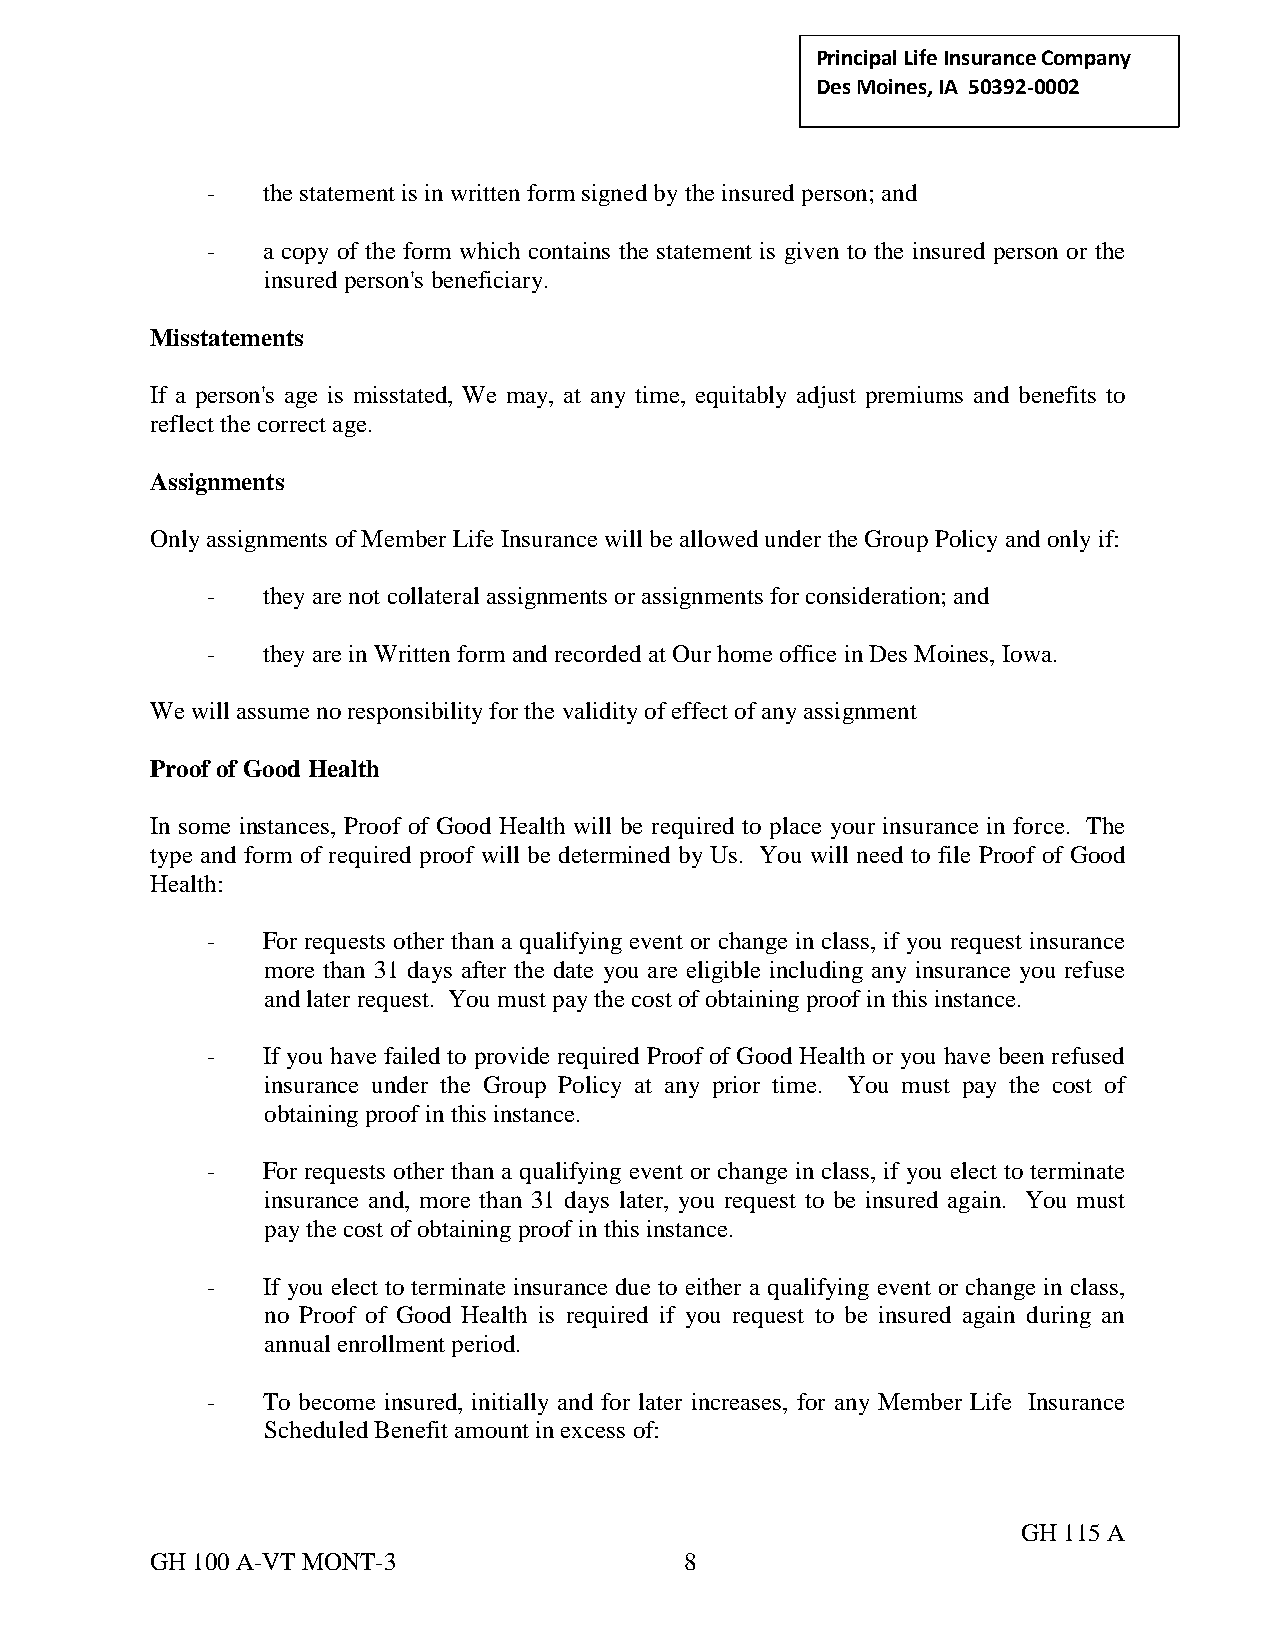
Principal Life Insurance C ompany
 Des Moines, IA 50392-0002
 -  the statement is in written form signed by the insured person; and
 -  a copy of the form which contains the statement is given to the insured person or the
 insured person's beneficiary.
 Misstatements
 If a person's age is misstated, We may, at any time, equitably adjust premiums and benefits to
 reflect the correct age.
 Assignments
 Only assignments of Member Life Insurance will be allowed under the Group Policy and only if:
 -  they are not collateral assignments or assignments for consideration; and
 -  they are in Written form and recorded at Our home office in Des Moines, Iowa.
 We will assume no responsibility for the validity of effect of any assignment
 Proof of Good Health
 In some instances, Proof of Good Health will be required to place your insurance in force. The
 type and form of required proof will be determined by Us. You will need to file Proof of Good
 Health:
 -  For requests other than a qualifying event or change in class, if you request insurance
 more than 31 days after the date you are eligible including any insurance you refuse
 and later request. You must pay the cost of obtaining proof in this instance.
 -  If you have failed to provide required Proof of Good Health or you have been refused
 insurance under the Group Policy at any prior time. You must pay the cost of
 obtaining proof in this instance.
 -  For requests other than a qualifying event or change in class, if you elect to terminate
 insurance and, more than 31 days later, you request to be insured again. You must
 pay the cost of obtaining proof in this instance.
 -  If you elect to terminate insurance due to either a qualifying event or change in class,
 no Proof of Good Health is required if you request to be insured again during an
 annual enrollment period.
 -  To become insured, initially and for later increases, for any Member Life Insurance
 Scheduled Benefit amount in excess of:
 GH 115 A
 GH 100 A-VT MONT-3                 8